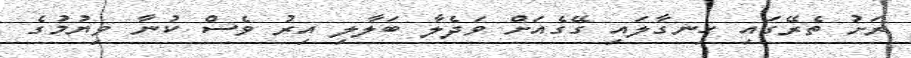
ރަށު ތެރޭގައި ހިނގާލައި ގޭގެއަށް ވަދެލާ ބަލާލި އިރު ވެސް ކުނާ ވިޔުމުގެ